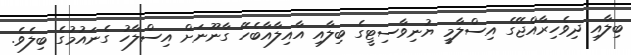
ބިލާއި ދިވެހިރާއްޖޭގެ އިސްލާމީ ޔުނިވާސިޓީގެ ބިލާއި އާއިލާއާބެހޭ ގާނޫނަށް އިސްލާހު ގެނައުމުގެ ބިލެވެ.